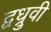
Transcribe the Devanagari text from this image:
द्वध्रुवी